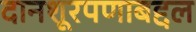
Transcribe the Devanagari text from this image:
दानशूरपणाबद्दल